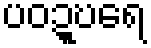
ပဝဍ္ဎရေ